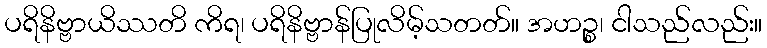
ပရိနိဗ္ဗာယိဿတိ ကိရ၊ ပရိနိဗ္ဗာန်ပြုလိမ့်သတတ်။ အဟဉ္စ၊ ငါသည်လည်း။